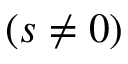
( s \neq 0 )